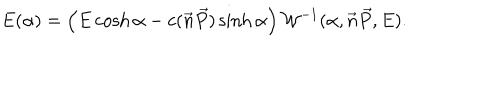
E ( \alpha ) = \left( E \cosh \alpha - c ( \vec { n } \vec { P } ) \sinh \alpha \right) { \cal { W } } ^ { - 1 } ( \alpha , \vec { n } \vec { P } , E ) .